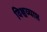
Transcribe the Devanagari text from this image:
विश्वव्याप्त